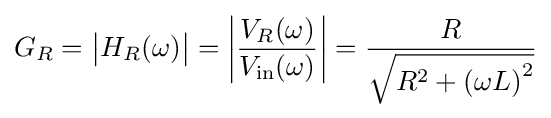
G_{R}={\big |}H_{R}(\omega ){\big |}=\left|{\frac {V_{R}(\omega )}{V_{\mathrm {in} }(\omega )}}\right|={\frac {R}{\sqrt {R^{2}+\left(\omega L\right)^{2}}}}